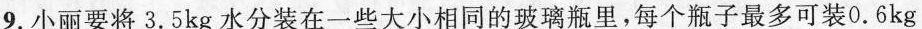
9.小丽要将3.5kg水分装在一些大小相同的玻璃瓶里，每个瓶子最多可装0.6kg